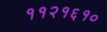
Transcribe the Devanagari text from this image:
११२१६१०